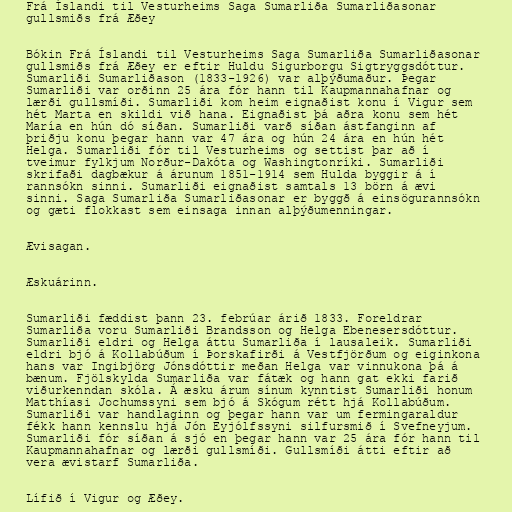
Frá Íslandi til Vesturheims Saga Sumarliða Sumarliðasonar
gullsmiðs frá Æðey

Bókin Frá Íslandi til Vesturheims Saga Sumarliða Sumarliðasonar
gullsmiðs frá Æðey er eftir Huldu Sigurborgu Sigtryggsdóttur.
Sumarliði Sumarliðason (1833-1926) var alþýðumaður. Þegar
Sumarliði var orðinn 25 ára fór hann til Kaupmannahafnar og
lærði gullsmíði. Sumarliði kom heim eignaðist konu í Vigur sem
hét Marta en skildi við hana. Eignaðist þá aðra konu sem hét
María en hún dó síðan. Sumarliði varð síðan ástfanginn af
þriðju konu þegar hann var 47 ára og hún 24 ára en hún hét
Helga. Sumarliði fór til Vesturheims og settist þar að í
tveimur fylkjum Norður-Dakóta og Washingtonríki. Sumarliði
skrifaði dagbækur á árunum 1851-1914 sem Hulda byggir á í
rannsókn sinni. Sumarliði eignaðist samtals 13 börn á ævi
sinni. Saga Sumarliða Sumarliðasonar er byggð á einsögurannsókn
og gæti flokkast sem einsaga innan alþýðumenningar.

Ævisagan.

Æskuárinn.

Sumarliði fæddist þann 23. febrúar árið 1833. Foreldrar
Sumarliða voru Sumarliði Brandsson og Helga Ebenesersdóttur.
Sumarliði eldri og Helga áttu Sumarliða í lausaleik. Sumarliði
eldri bjó á Kollabúðum í Þorskafirði á Vestfjörðum og eiginkona
hans var Ingibjörg Jónsdóttir meðan Helga var vinnukona þá á
bænum. Fjölskylda Sumarliða var fátæk og hann gat ekki farið
viðurkenndan skóla. Á æsku árum sínum kynntist Sumarliði honum
Matthíasi Jochumssyni sem bjó á Skógum rétt hjá Kollabúðum.
Sumarliði var handlaginn og þegar hann var um fermingaraldur
fékk hann kennslu hjá Jón Eyjólfssyni silfursmið í Svefneyjum.
Sumarliði fór síðan á sjó en þegar hann var 25 ára fór hann til
Kaupmannahafnar og lærði gullsmíði. Gullsmíði átti eftir að
vera ævistarf Sumarliða.

Lífið í Vigur og Æðey.